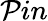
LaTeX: \mathcal{P}in